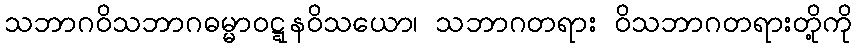
သဘာဂဝိသဘာဂဓမ္မာဝဋ္ဋနဝိသယော၊ သဘာဂတရား ဝိသဘာဂတရားတို့ကို